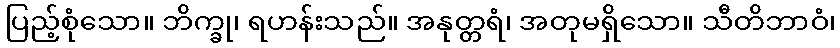
ပြည့်စုံသော။ ဘိက္ခု၊ ရဟန်းသည်။ အနုတ္တရံ၊ အတုမရှိသော။ သီတိဘာဝံ၊